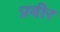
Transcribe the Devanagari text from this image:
प्रबीर